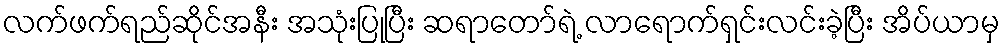
လက်ဖက်ရည်ဆိုင်အနီး အသုံးပြုပြီး ဆရာတော်ရဲ့ လာရောက်ရှင်းလင်းခဲ့ပြီး အိပ်ယာမှ